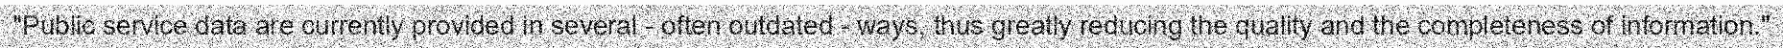
"Public service data are currently provided in several - often outdated - ways, thus greatly reducing the quality and the completeness of information."